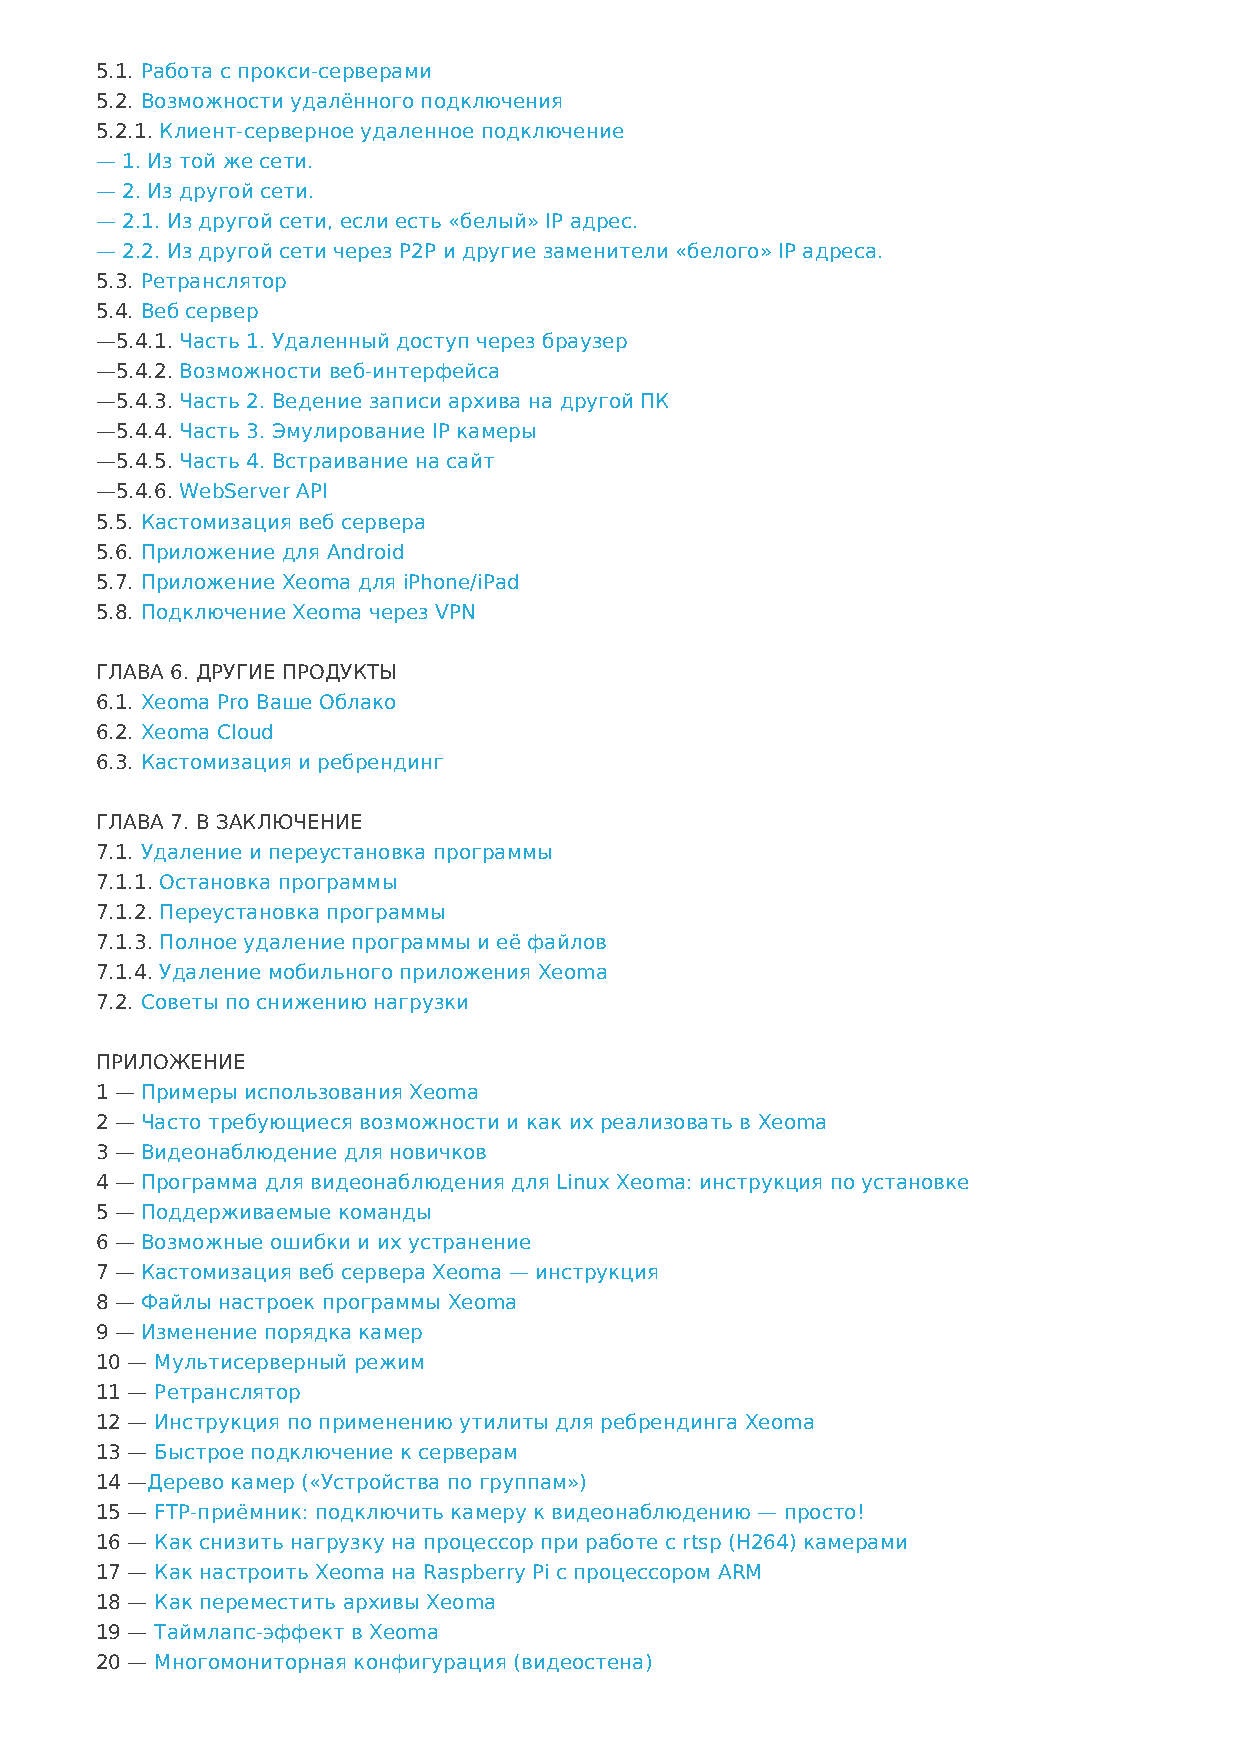
5.1. Работа с прокси-серверами
 5.2. Возможности удалённого подключения
 5.2.1. Клиент-серверное удаленное подключение
 — 1. Из той же сети.
 — 2. Из другой сети.
 — 2.1. Из другой сети, если есть «белый» IP адрес.
 — 2.2. Из другой сети через P2P и другие заменители «белого» IP адреса.
 5.3. Ретранслятор
 5.4. Веб сервер
 —5.4.1. Часть 1. Удаленный доступ через браузер
 —5.4.2. Возможности веб-интерфейса
 —5.4.3. Часть 2. Ведение записи архива на другой ПК
 —5.4.4. Часть 3. Эмулирование IP камеры
 —5.4.5. Часть 4. Встраивание на сайт
 —5.4.6. WebServer API
 5.5. Кастомизация веб сервера
 5.6. Приложение для Android
 5.7. Приложение Xeoma для iPhone/iPad
 5.8. Подключение Xeoma через VPN
 ГЛАВА 6. ДРУГИЕ ПРОДУКТЫ
 6.1. Xeoma Pro Ваше Облако
 6.2. Xeoma Cloud
 6.3. Кастомизация и ребрендинг
 ГЛАВА 7. В ЗАКЛЮЧЕНИЕ
 7.1. Удаление и переустановка программы
 7.1.1. Остановка программы
 7.1.2. Переустановка программы
 7.1.3. Полное удаление программы и её файлов
 7.1.4. Удаление мобильного приложения Xeoma
 7.2. Советы по снижению нагрузки
 ПРИЛОЖЕНИЕ
 1 — Примеры использования Xeoma
 2 — Часто требующиеся возможности и как их реализовать в Xeoma
 3 — Видеонаблюдение для новичков
 4 — Программа для видеонаблюдения для Linux Xeoma: инструкция по установке
 5 — Поддерживаемые команды
 6 — Возможные ошибки и их устранение
 7 — Кастомизация веб сервера Xeoma — инструкция
 8 — Файлы настроек программы Xeoma
 9 — Изменение порядка камер
 10 — Мультисерверный режим
 11 — Ретранслятор
 12 — Инструкция по применению утилиты для ребрендинга Xeoma
 13 — Быстрое подключение к серверам
 14 —Дерево камер («Устройства по группам»)
 15 — FTP-приёмник: подключить камеру к видеонаблюдению — просто!
 16 — Как снизить нагрузку на процессор при работе с rtsp (H264) камерами
 17 — Как настроить Xeoma на Raspberry Pi с процессором ARM
 18 — Как переместить архивы Xeoma
 19 — Таймлапс-эффект в Xeoma
 20 — Многомониторная конфигурация (видеостена)